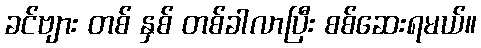
ခင်ဗျား တစ် နှစ် တစ်ခါလာပြီး စစ်ဆေးရမယ်။